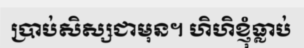
ប្រាប់សិស្សជាមុន។ ហិហិខ្ញុំធ្លាប់